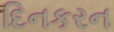
દિનકરન